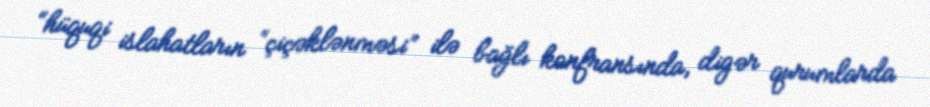
“hüquqi islahatların “çiçəklənməsi” ilə bağlı konfransında, digər qurumlarda